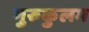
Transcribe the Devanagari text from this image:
गुरुकुलम